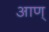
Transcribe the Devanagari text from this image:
आण्